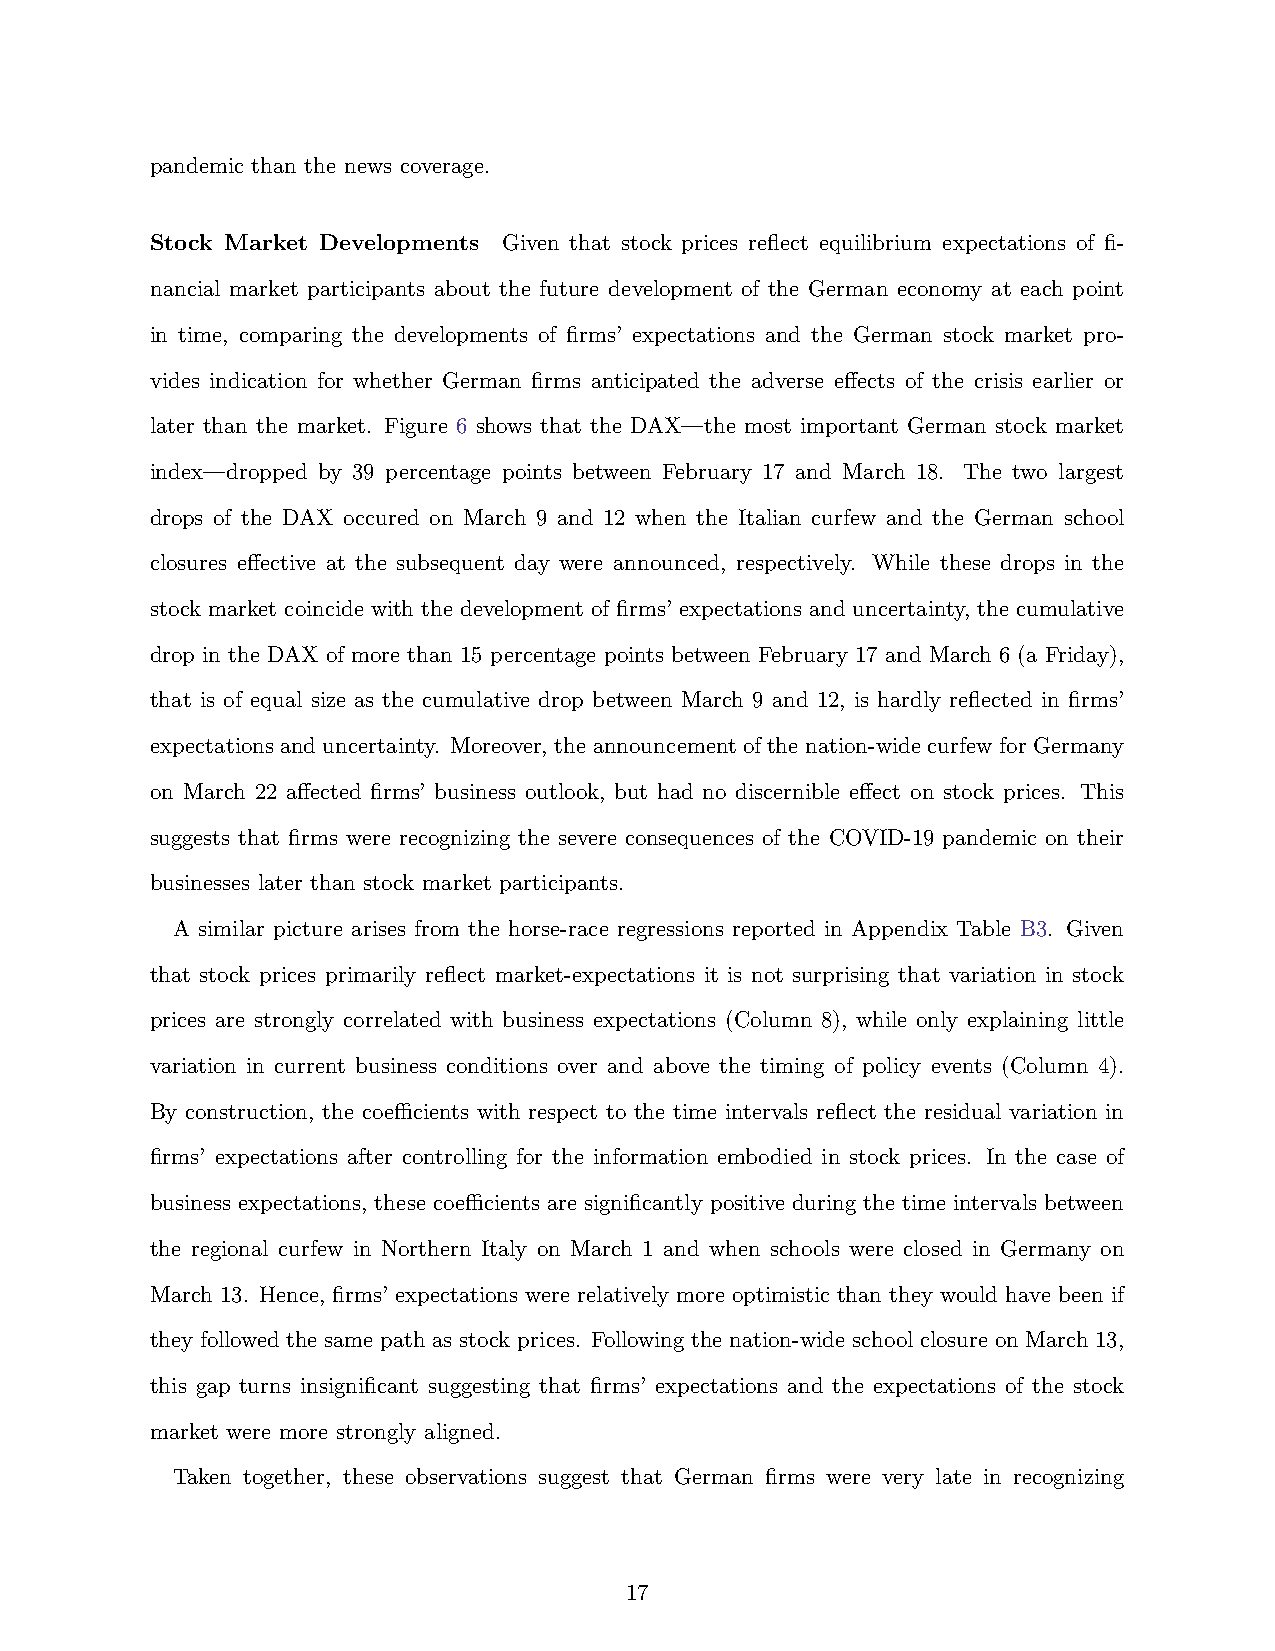
pandemic than the news coverage.
 Stock Market Developments Given that stock prices reflect equilibrium expectations of fi-
 nancial market participants about the future development of the German economy at each point
 in time, comparing the developments of firms’ expectations and the German stock market pro-
 vides indication for whether German firms anticipated the adverse effects of the crisis earlier or
 later than the market. Figure 6 shows that the DAX—the most important German stock market
 index—dropped by 39 percentage points between February 17 and March 18. The two largest
 drops of the DAX occured on March 9 and 12 when the Italian curfew and the German school
 closures effective at the subsequent day were announced, respectively. While these drops in the
 stock market coincide with the development of firms’ expectations and uncertainty, the cumulative
 drop in the DAX of more than 15 percentage points between February 17 and March 6 (a Friday),
 that is of equal size as the cumulative drop between March 9 and 12, is hardly reflected in firms’
 expectations and uncertainty. Moreover, the announcement of the nation-wide curfew for Germany
 on March 22 affected firms’ business outlook, but had no discernible effect on stock prices. This
 suggests that firms were recognizing the severe consequences of the COVID-19 pandemic on their
 businesses later than stock market participants.
 A similar picture arises from the horse-race regressions reported in Appendix Table B3. Given
 that stock prices primarily reflect market-expectations it is not surprising that variation in stock
 prices are strongly correlated with business expectations (Column 8), while only explaining little
 variation in current business conditions over and above the timing of policy events (Column 4).
 By construction, the coefficients with respect to the time intervals reflect the residual variation in
 firms’ expectations after controlling for the information embodied in stock prices. In the case of
 business expectations, these coefficients are significantly positive during the time intervals between
 the regional curfew in Northern Italy on March 1 and when schools were closed in Germany on
 March 13. Hence, firms’ expectations were relatively more optimistic than they would have been if
 they followed the same path as stock prices. Following the nation-wide school closure on March 13,
 this gap turns insignificant suggesting that firms’ expectations and the expectations of the stock
 market were more strongly aligned.
 Taken together, these observations suggest that German firms were very late in recognizing
 17